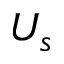
U _ { s }